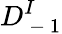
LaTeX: D_{\mathrm{~-~}1}^{I}